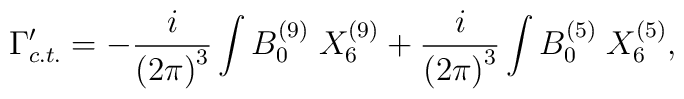
\Gamma'_{c.t.}=-{i\over {(2\pi)}^3}   \int B_0^{(9)}\;    X_6^{(9)}+{i\over {(2\pi)}^3}\int B_0^{(5)}\; X_6^{(5)},